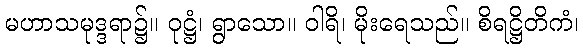
မဟာသမုဒ္ဒရာ၌။ ဝုဋ္ဌံ၊ ရွာသော။ ဝါရိ၊ မိုးရေသည်။ စိရဋ္ဌိတိကံ၊